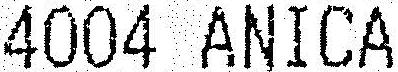
4004 ANICA